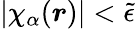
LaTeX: |\chi_{\alpha}(\boldsymbol{r})|<\tilde{\epsilon}